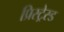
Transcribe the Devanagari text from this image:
प्रिस्ट्रेस्ड